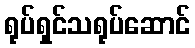
ရုပ်ရှင်သရုပ်ဆောင်